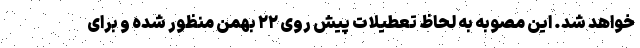
خواهد شد. این مصوبه به لحاظ تعطیلات پیش روی ۲۲ بهمن منظور شده و برای